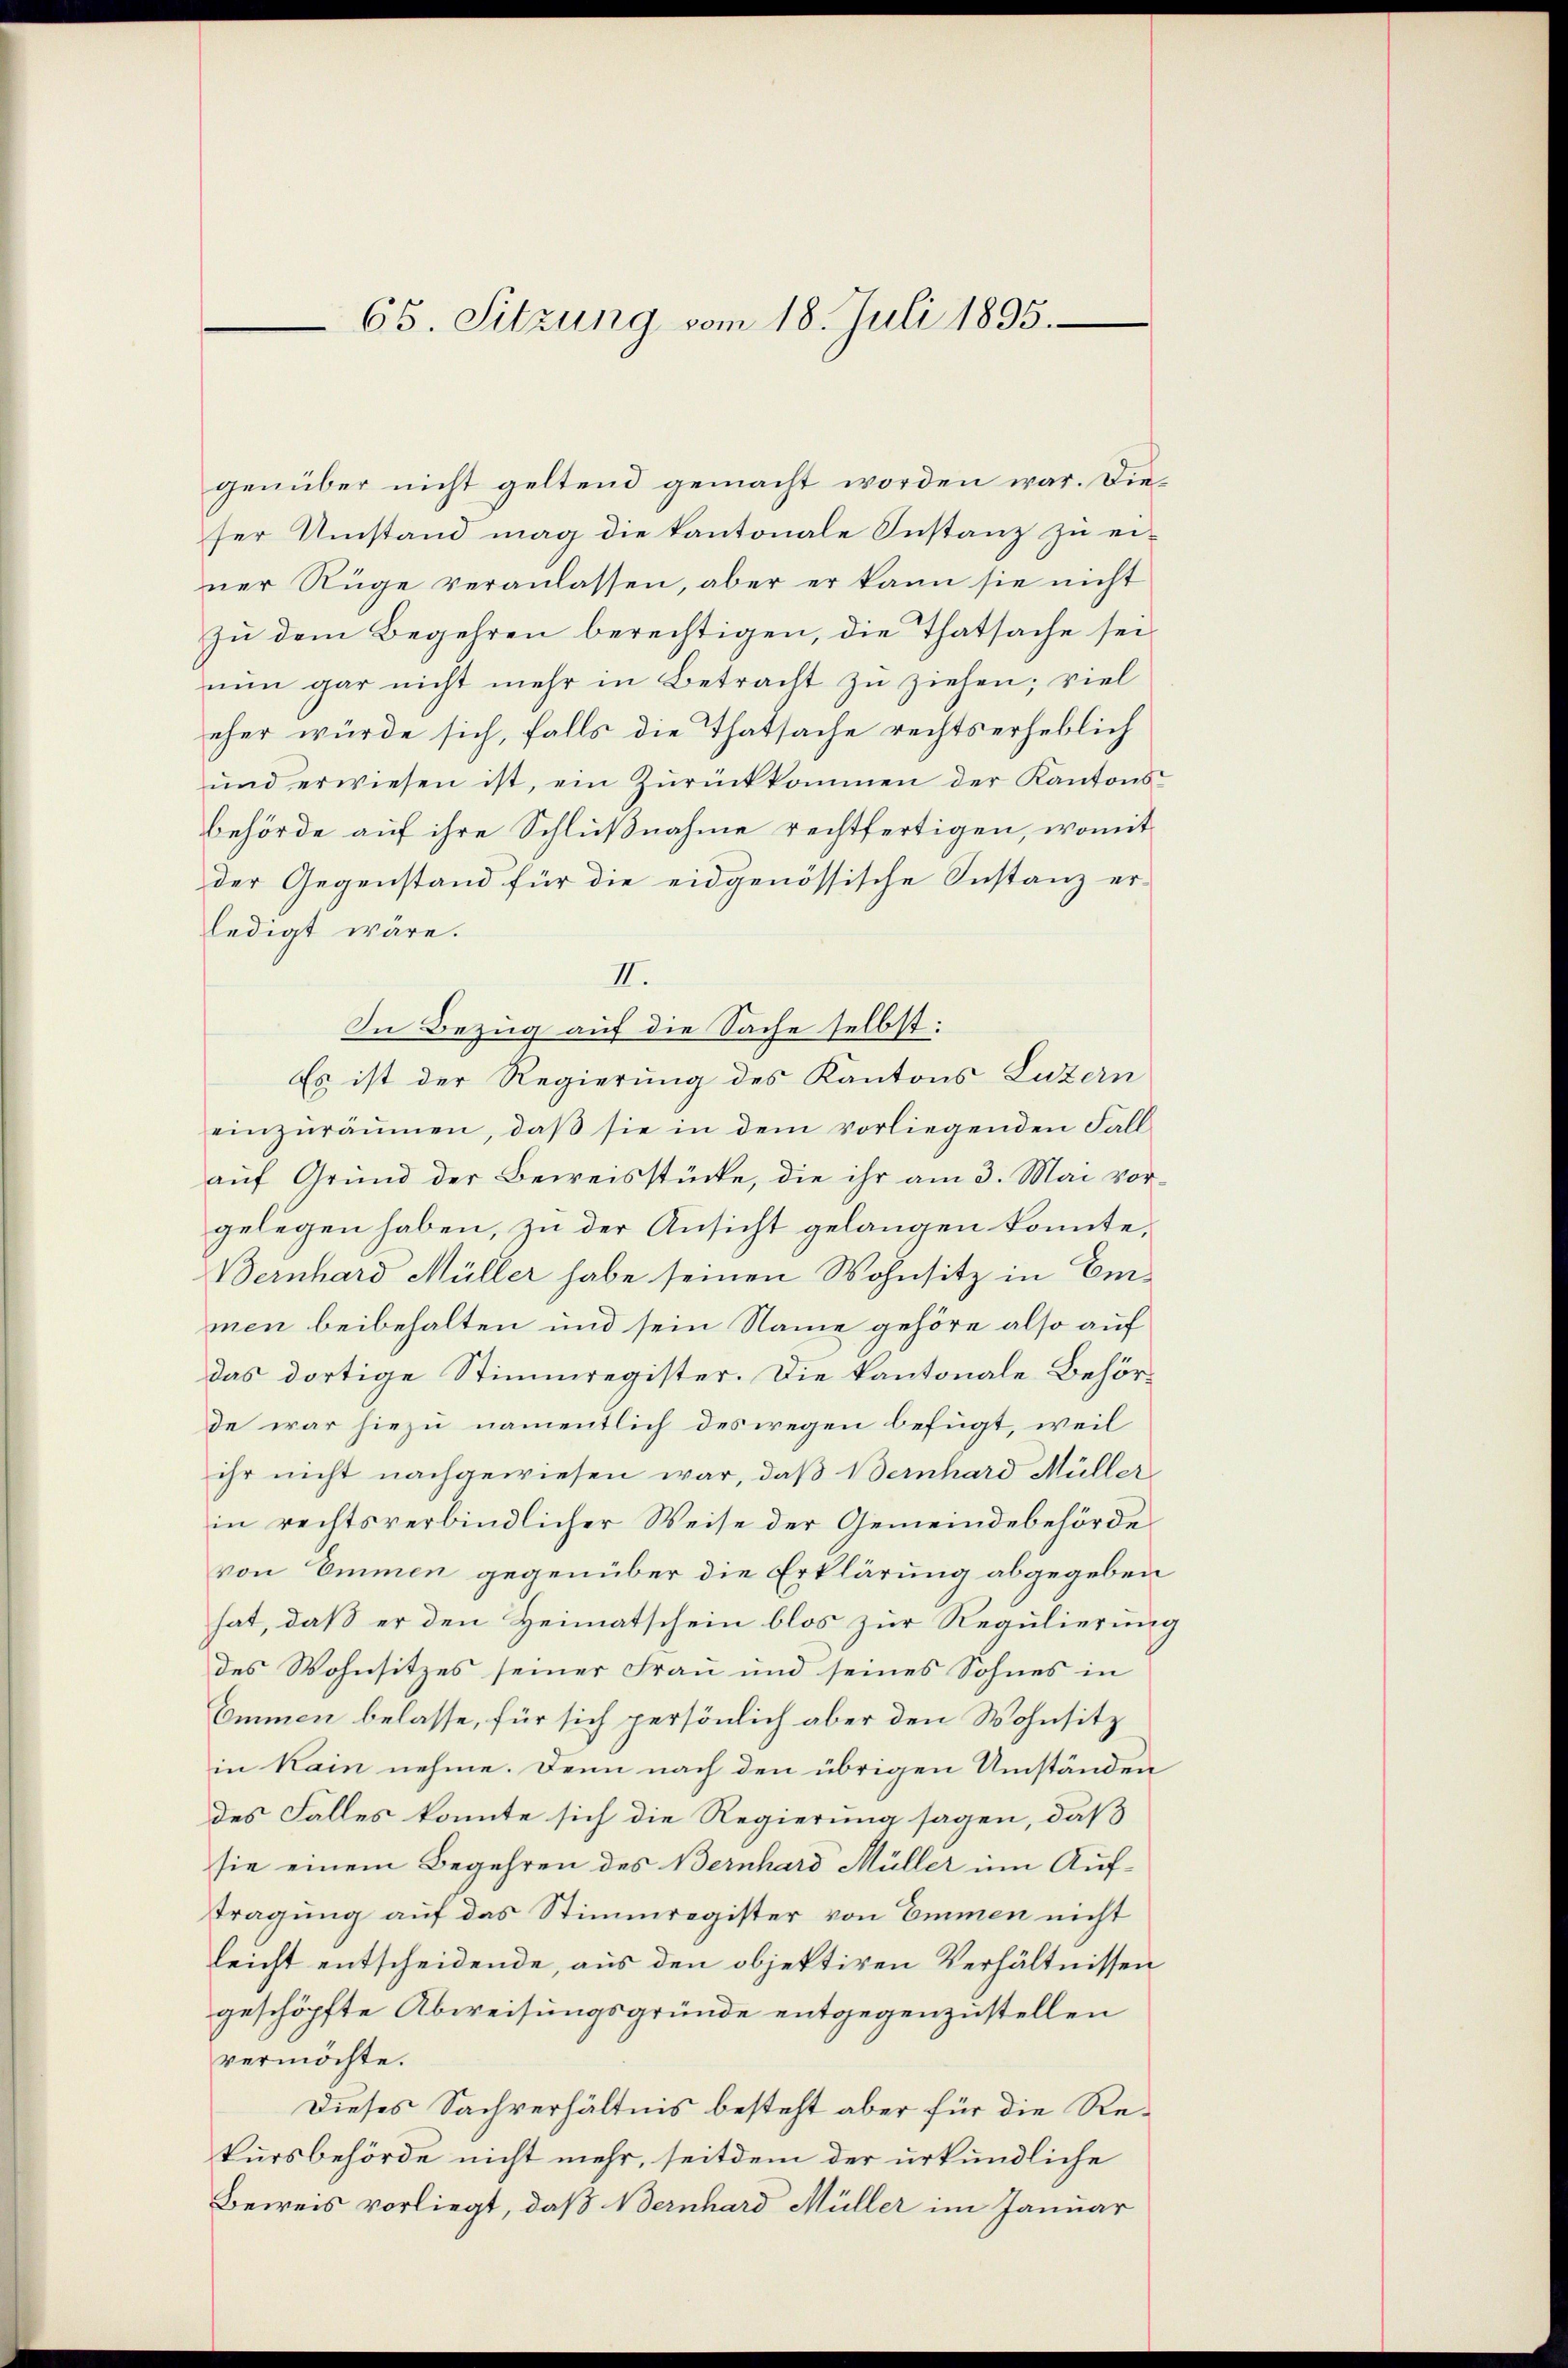
65. Sitzung vom 18. Juli 1895.

genüber nicht geltend gemacht worden war. Dieser Umstand mag die kantonale Instanz zu einer Rüge veranlassen, aber er kann sie nicht
zu dem Begehren berechtigen, die Thatsache sei
nun gar nicht mehr in Betracht zu ziehen; viel
eher würde sich, falls die Thatsache rechtserheblich
ŭnd erwiesen ist, ein Zŭrückkommen der Kantons-
behörde auf ihre Schlußnahme rechtfertigen, womit
der Gegenstand für die eidgenössische Instanz erledigt wäre.
II.
In Bezug auf die Sache selbst:
Es ist der Regierung des Kantons Luzern
einzuräumen, daß sie in dem vorliegenden Fall
auf Grund der Beweisstücke, die ihr am 3. Mai vorgelegen haben, zu der Ansicht gelangen konnte,
Bernhard Müller habe seinen Wohnsitz in Emmen beibehalten und sein Name gehöre also auf
das dortige Stimmregister. Die kantonale Behörde war hiezu namentlich des wegen befügt, weil
ihr nicht nachgewiesen war, daß Bernhard Müller
in rechtsverbindlicher Weise der Gemeindebehörde
von Emmen gegenüber die Erklärung abgegeben
hat, daß er den Heimatschein blos zur Regulierung
des Wohnsitzes seiner Frau und seines Sohnes in
Emmen belasse, für sich persönlich aber den Wohnsitz
in Kain nehme. Denn nach den übrigen Umständen
des Falles konnte sich die Regierung sagen, daß
sie einem Begehren des Bernhard Müller um Auftragung auf das Stimmregister von Emmen nicht
leicht entscheidende, aus den objektiven Verhältnissen
geschöpfte Abweisungsgründe entgegenzustellen
vermöchte.
Dieses Sachverhältnis besteht aber für die Rekursbehörde nicht mehr, seitdem der urkundliche
Beweis vorliegt, daß Bernhard Müller im Januar

9